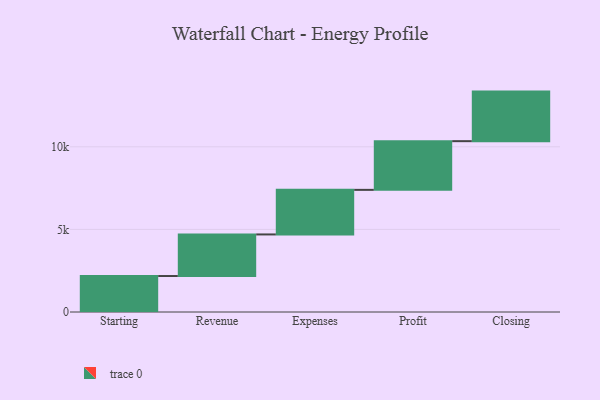
{"axis": {"x": "Step", "y": "Value"}, "legend": [""], "data": [{"x": "Starting", "y": 2177.0, "type": ""}, {"x": "Revenue", "y": 2518.0, "type": ""}, {"x": "Expenses", "y": 2698.0, "type": ""}, {"x": "Profit", "y": 2948.0, "type": ""}, {"x": "Closing", "y": 3000, "type": ""}]}